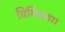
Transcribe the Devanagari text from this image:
विभिन्नता।